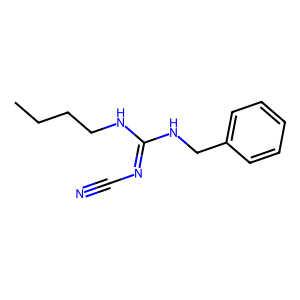
SMILES: CCCCNC(=NC#N)NCc1ccccc1
Inhibits HIV replication: No